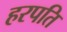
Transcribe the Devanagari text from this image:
हरपति